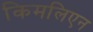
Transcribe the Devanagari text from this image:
किमलिएन